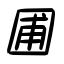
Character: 圃